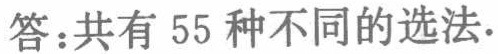
答：共有 55 种不同的选法.